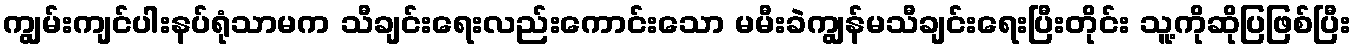
ကျွမ်းကျင်ပါးနပ်ရုံသာမက သီချင်းရေးလည်းကောင်းသော မမီးခဲကျွန်မသီချင်းရေးပြီးတိုင်း သူ့ကိုဆိုပြဖြစ်ပြီး